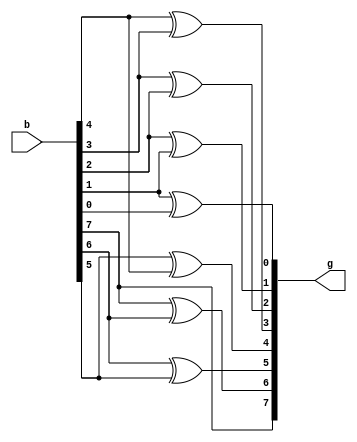
module Binary_to_Gray_code_converter (
	input wire [7:0] b,
	output wire [7:0] g
);

assign g[7] = b[7];
assign g[6] = b[7]^b[6];
assign g[5] = b[6]^b[5];
assign g[4] = b[5]^b[4];
assign g[3] = b[4]^b[3];
assign g[2] = b[3]^b[2];
assign g[1] = b[2]^b[1];
assign g[0] = b[1]^b[0];

endmodule